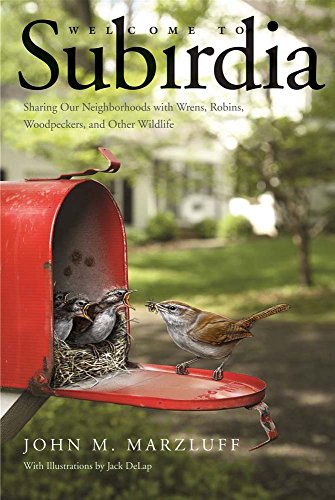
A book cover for Welcome to Subirdia: Sharing Our Neighborhoods with Wrens, Robins, Woodpeckers, and Other Wildlife; John M. Marzluff; Sports & Outdoors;